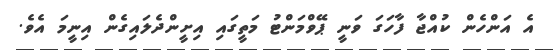
އެ އަންހެން ކުއްޖާ ފާހަގަ ވަނީ ޕޭވްމަންޓު މަތީގައި އިށީންދެލައިގެން އިނީމަ އެވެ.